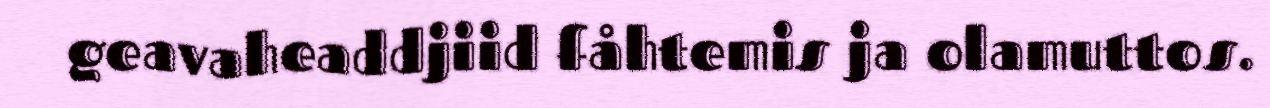
geavaheaddjiid fåhtemis ja olamuttos.